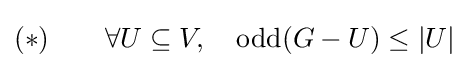
(*)\qquad \forall U\subseteq V,\quad \mathrm {odd} (G-U)\leq |U|